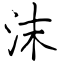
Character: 沫